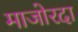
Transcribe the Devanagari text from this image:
माजोरदा